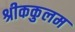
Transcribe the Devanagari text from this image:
श्रीककुलम